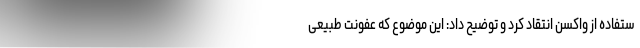
ستفاده از واکسن انتقاد کرد و توضیح داد: این موضوع که عفونت طبیعی